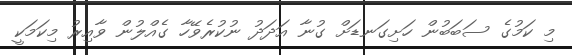
މި ކަމުގެ ސަބަބުން ހަށިގަނޑަށް ގުނާ އަދަދު ނުކުރެވޭހާ ގެއްލުން ވާއިރު މިކަމަކީ